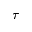
\tau